Report on sanitation, dispensaries, and jails in Rajputana for 1919, and on vaccination for the year 1919-1920 - 1919-1920
Year: 1919
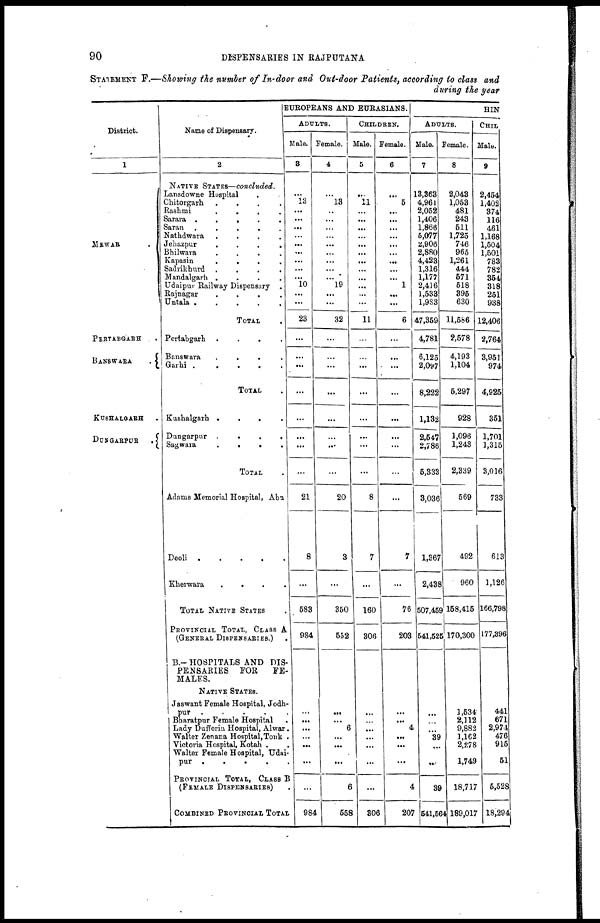
90
DISPENSARIES IN RAJPUTANA
STATEMENT F.—Showing the number of In-door and Out-door Patients, according to class and
during the year
District.
1
MEWAR .
PERTABGARH .
BANSWARA
.
KUSHALGARH .
DUNGARPUR
.
Name of Dispensary.
2
NATIVE STATES—concluded.
Lansdowne Hospital
.
Chitorgarh
.
.
.
.
Rashmi
.
.
.
.
Sarara .
.
.
.
.
Saran
.
.
.
.
.
Nathdwara
.
.
.
.
Jehazpur
.
.
.
.
Bhilwara
.
.
.
.
Kapasin
.
.
.
.
Sadrikhurd
.
.
.
.
Mandalgarh .
.
.
.
Udaipur Railway Dispensary .
Rajnagar
.
.
.
.
Untala .
.
.
.
.
TOTAL .
Pertabgarh
.
.
.
.
Banswara
.
.
.
.
Garhi .
.
.
.
.
TOTAL .
Kushalgarh .
.
.
.
Dungarpur
.
.
. .
Sagwara
.
.
. .
TOTAL .
Adams Memorial Hospital, Abu
Deoli
.
.
.
.
.
Kherwara
.
.
.
.
TOTAL NATIVE STATES .
PROVINCIAL TOTAL, CLASS A
(GENERAL DISPENSARIES.) .
B.— HOSPITALS AND DIS-
PENSARIES
FOR
FE-
MALES.
NATIVE STATES.
Jaswant Female Hospital, Jodh¬
pur
.
.
.
.
.
Bharatpur Female Hospital .
Lady Dufferin Hospital, Alwar.
Walter Zenana Hospital,Tonk .
Victoria Hospital, Kotah . .
Walter Female Hospital, Udai-
pur . . . . .
PROVINCIAL TOTAL, CLASS B
(FEMALE DISPENSARIES) .
COMBINED PROVINCIAL TOTAL
EUROPEANS AND EURASIANS.
ADULTS.
Male.
3
...
13
...
...
...
...
...
...
...
...
...
10
...
...
23
...
...
...
...
...
...
...
...
21
8
...
583
984
...
...
...
...
...
...
...
984
Female.
4
...
13
...
...
...
...
...
...
...
...
...
19
...
...
32
...
...
...
...
...
...
...
...
20
3
...
350
552
...
...
6
...
...
...
6
558
CHILDREN.
Male.
5
...
11
...
...
...
...
...
...
...
...
...
...
...
...
11
...
...
...
...
...
...
...
...
8
7
...
160
306
...
...
...
...
...
...
...
306
Female.
6
...
5
...
...
...
...
...
...
...
...
...
1
...
...
6
...
...
...
...
...
...
...
...
...
7
...
76
203
...
...
4
...
...
...
4
207
HIN
ADULTS.
Male.
7
13,363
4,961
2,052
1,406
1,866
5,077
2,906
2,880
4,423
1,316
1,177
2,416
1,533
1,983
47,359
4,781
6,125
2,097
8,222
1,132
2,547
2,786
5,333
3,036
1,367
2,438
507,459
541,525
...
...
...
39
...
...
39
541,564
Female.
8
2,043
1,053
481
243
511
1,725
746
965
1,261
444
571
518
395
630
11,586
2,578
4,193
1,104
5,297
928
1,096
1,243
2,339
569
492
960
158,415
170,300
1,534
2,112
9,882
1,162
2,278
1,749
18,717
189,017
CHIL
Male.
9
2,454
1,402
374
116
461
1,168
1,504
1,501
783
782
354
318
251
938
12,406
2,764
3,951
974
4,925
351
1,701
1,315
3,016
733
613
1,126
166,798
177,896
441
671
2,974
476
915
51
5,528
18,294